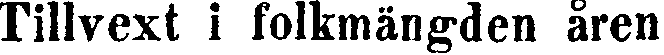
Tillvext i folkmängden åren